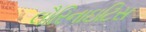
લૌરિનાઇટિસ